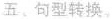
五、句型转换.